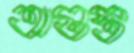
অগুস্ত